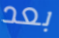
بعد